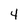
Character: 4